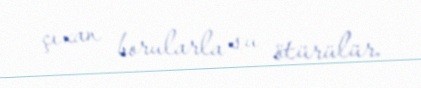
çıxan borularla su ötürülür.